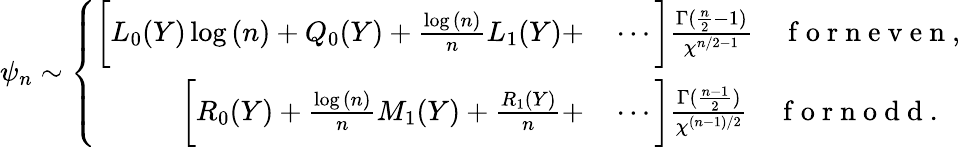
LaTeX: \psi_{n}\sim\left\{ \begin{array}{rl}{\bigg[L_{0}(Y)\log{(n)}+Q_{0}(Y)+\frac{\log{(n)}}{n}L_{1}(Y)+}&{{}\cdots\bigg]\frac{\Gamma(\frac{n}{2}-1)}{\chi^{n/2-1}}\quad\mathrm{~f~o~r~n~e~v~e~n~},}\\ {\bigg[R_{0}(Y)+\frac{\log{(n)}}{n}M_{1}(Y)+\frac{R_{1}(Y)}{n}+}&{{}\cdots\bigg]\frac{\Gamma(\frac{n-1}{2})}{\chi^{(n-1)/2}}\quad\mathrm{~f~o~r~n~o~d~d~}.}\end{array}\right.